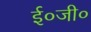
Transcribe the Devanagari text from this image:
ई०जी०